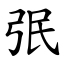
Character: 㢯